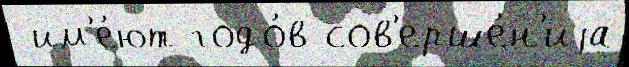
 им'е́ют годо́в сов'ерше́н'иjа